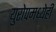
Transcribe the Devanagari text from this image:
युरोपमध्येही